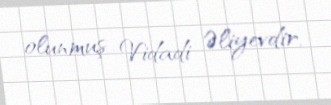
olunmuş Vidadi Əliyevdir.